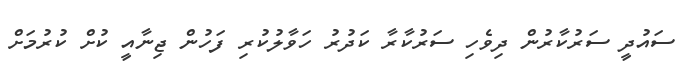
ސައުދީ ސަރުކާރުން ދިވެހި ސަރުކާރާ ކަދުރު ހަވާލުކުރި ފަހުން ޖިނާއީ ކުށް ކުރުމަށް